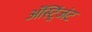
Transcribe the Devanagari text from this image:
ॲस्ट्रिंजंट